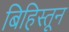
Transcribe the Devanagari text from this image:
बिहिस्तून